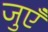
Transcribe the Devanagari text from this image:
जुएँ